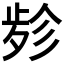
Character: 𱥃